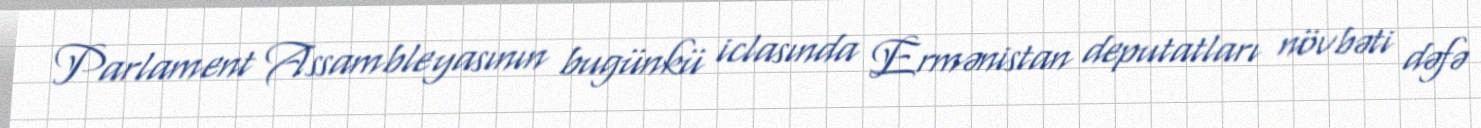
Parlament Assambleyasının bugünkü iclasında Ermənistan deputatları növbəti dəfə